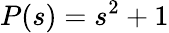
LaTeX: P(s)=s^{2}+1